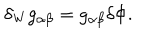
LaTeX: \delta _ { \mathrm { W } } g _ { \alpha \beta } = g _ { \alpha \beta } \delta \Phi .